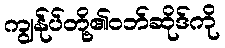
ကျွန်ုပ်တို့၏ဝဘ်ဆိုဒ်ကို